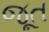
જૂત